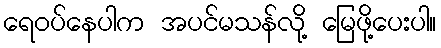
ရေဝပ်နေပါက အပင်မသန်လို့ မြေဖို့ပေးပါ။